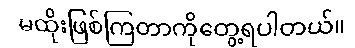
မထိုးဖြစ်ကြတာကိုတွေ့ရပါတယ်။